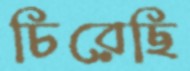
চিরেছি